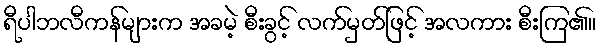
ရီပါဘလီကန်များက အခမဲ့ စီးခွင့် လက်မှတ်ဖြင့် အလကား စီးကြ၏။